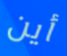
أين